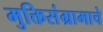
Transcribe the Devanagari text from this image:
मुक्तिसंग्रामाचे